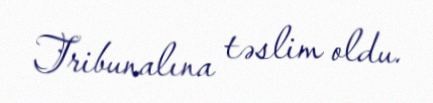
Tribunalına təslim oldu.